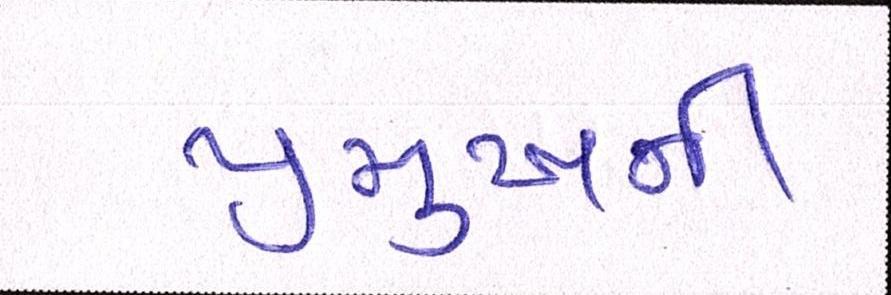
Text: પ્રમુખની